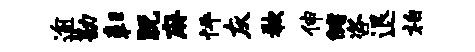
逾勘彰脱麻怦灰欷伸储咨退柏